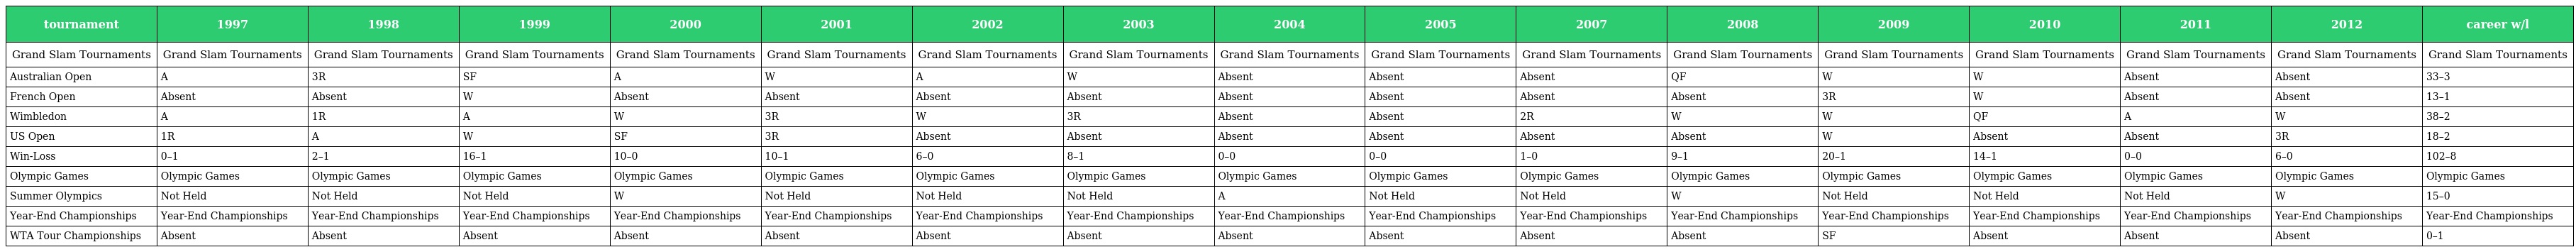
| tournament | 1997 | 1998 | 1999 | 2000 | 2001 | 2002 | 2003 | 2004 | 2005 | 2007 | 2008 | 2009 | 2010 | 2011 | 2012 | career w/l |
 | --- | --- | --- | --- | --- | --- | --- | --- | --- | --- | --- | --- | --- | --- | --- | --- | --- |
 | Grand Slam Tournaments | Grand Slam Tournaments | Grand Slam Tournaments | Grand Slam Tournaments | Grand Slam Tournaments | Grand Slam Tournaments | Grand Slam Tournaments | Grand Slam Tournaments | Grand Slam Tournaments | Grand Slam Tournaments | Grand Slam Tournaments | Grand Slam Tournaments | Grand Slam Tournaments | Grand Slam Tournaments | Grand Slam Tournaments | Grand Slam Tournaments | Grand Slam Tournaments |
 | Australian Open | A | 3R | SF | A | W | A | W | Absent | Absent | Absent | QF | W | W | Absent | Absent | 33–3 |
 | French Open | Absent | Absent | W | Absent | Absent | Absent | Absent | Absent | Absent | Absent | Absent | 3R | W | Absent | Absent | 13–1 |
 | Wimbledon | A | 1R | A | W | 3R | W | 3R | Absent | Absent | 2R | W | W | QF | A | W | 38–2 |
 | US Open | 1R | A | W | SF | 3R | Absent | Absent | Absent | Absent | Absent | Absent | W | Absent | Absent | 3R | 18–2 |
 | Win-Loss | 0–1 | 2–1 | 16–1 | 10–0 | 10–1 | 6–0 | 8–1 | 0–0 | 0–0 | 1–0 | 9–1 | 20–1 | 14–1 | 0–0 | 6–0 | 102–8 |
 | Olympic Games | Olympic Games | Olympic Games | Olympic Games | Olympic Games | Olympic Games | Olympic Games | Olympic Games | Olympic Games | Olympic Games | Olympic Games | Olympic Games | Olympic Games | Olympic Games | Olympic Games | Olympic Games | Olympic Games |
 | Summer Olympics | Not Held | Not Held | Not Held | W | Not Held | Not Held | Not Held | A | Not Held | Not Held | W | Not Held | Not Held | Not Held | W | 15–0 |
 | Year-End Championships | Year-End Championships | Year-End Championships | Year-End Championships | Year-End Championships | Year-End Championships | Year-End Championships | Year-End Championships | Year-End Championships | Year-End Championships | Year-End Championships | Year-End Championships | Year-End Championships | Year-End Championships | Year-End Championships | Year-End Championships | Year-End Championships |
 | WTA Tour Championships | Absent | Absent | Absent | Absent | Absent | Absent | Absent | Absent | Absent | Absent | Absent | SF | Absent | Absent | Absent | 0–1 |